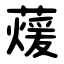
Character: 蕿